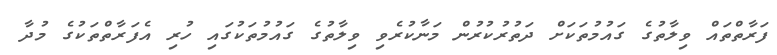
ފަރާތްތައް ވިލާތުގެ ގައުމުތަކަށް ދަތުރުކުރުން މަނާކުރެވި ވިލާތުގެ ގައުމުތަކުގައި ހުރި އެފަރާތްތަކުގެ މުދާ